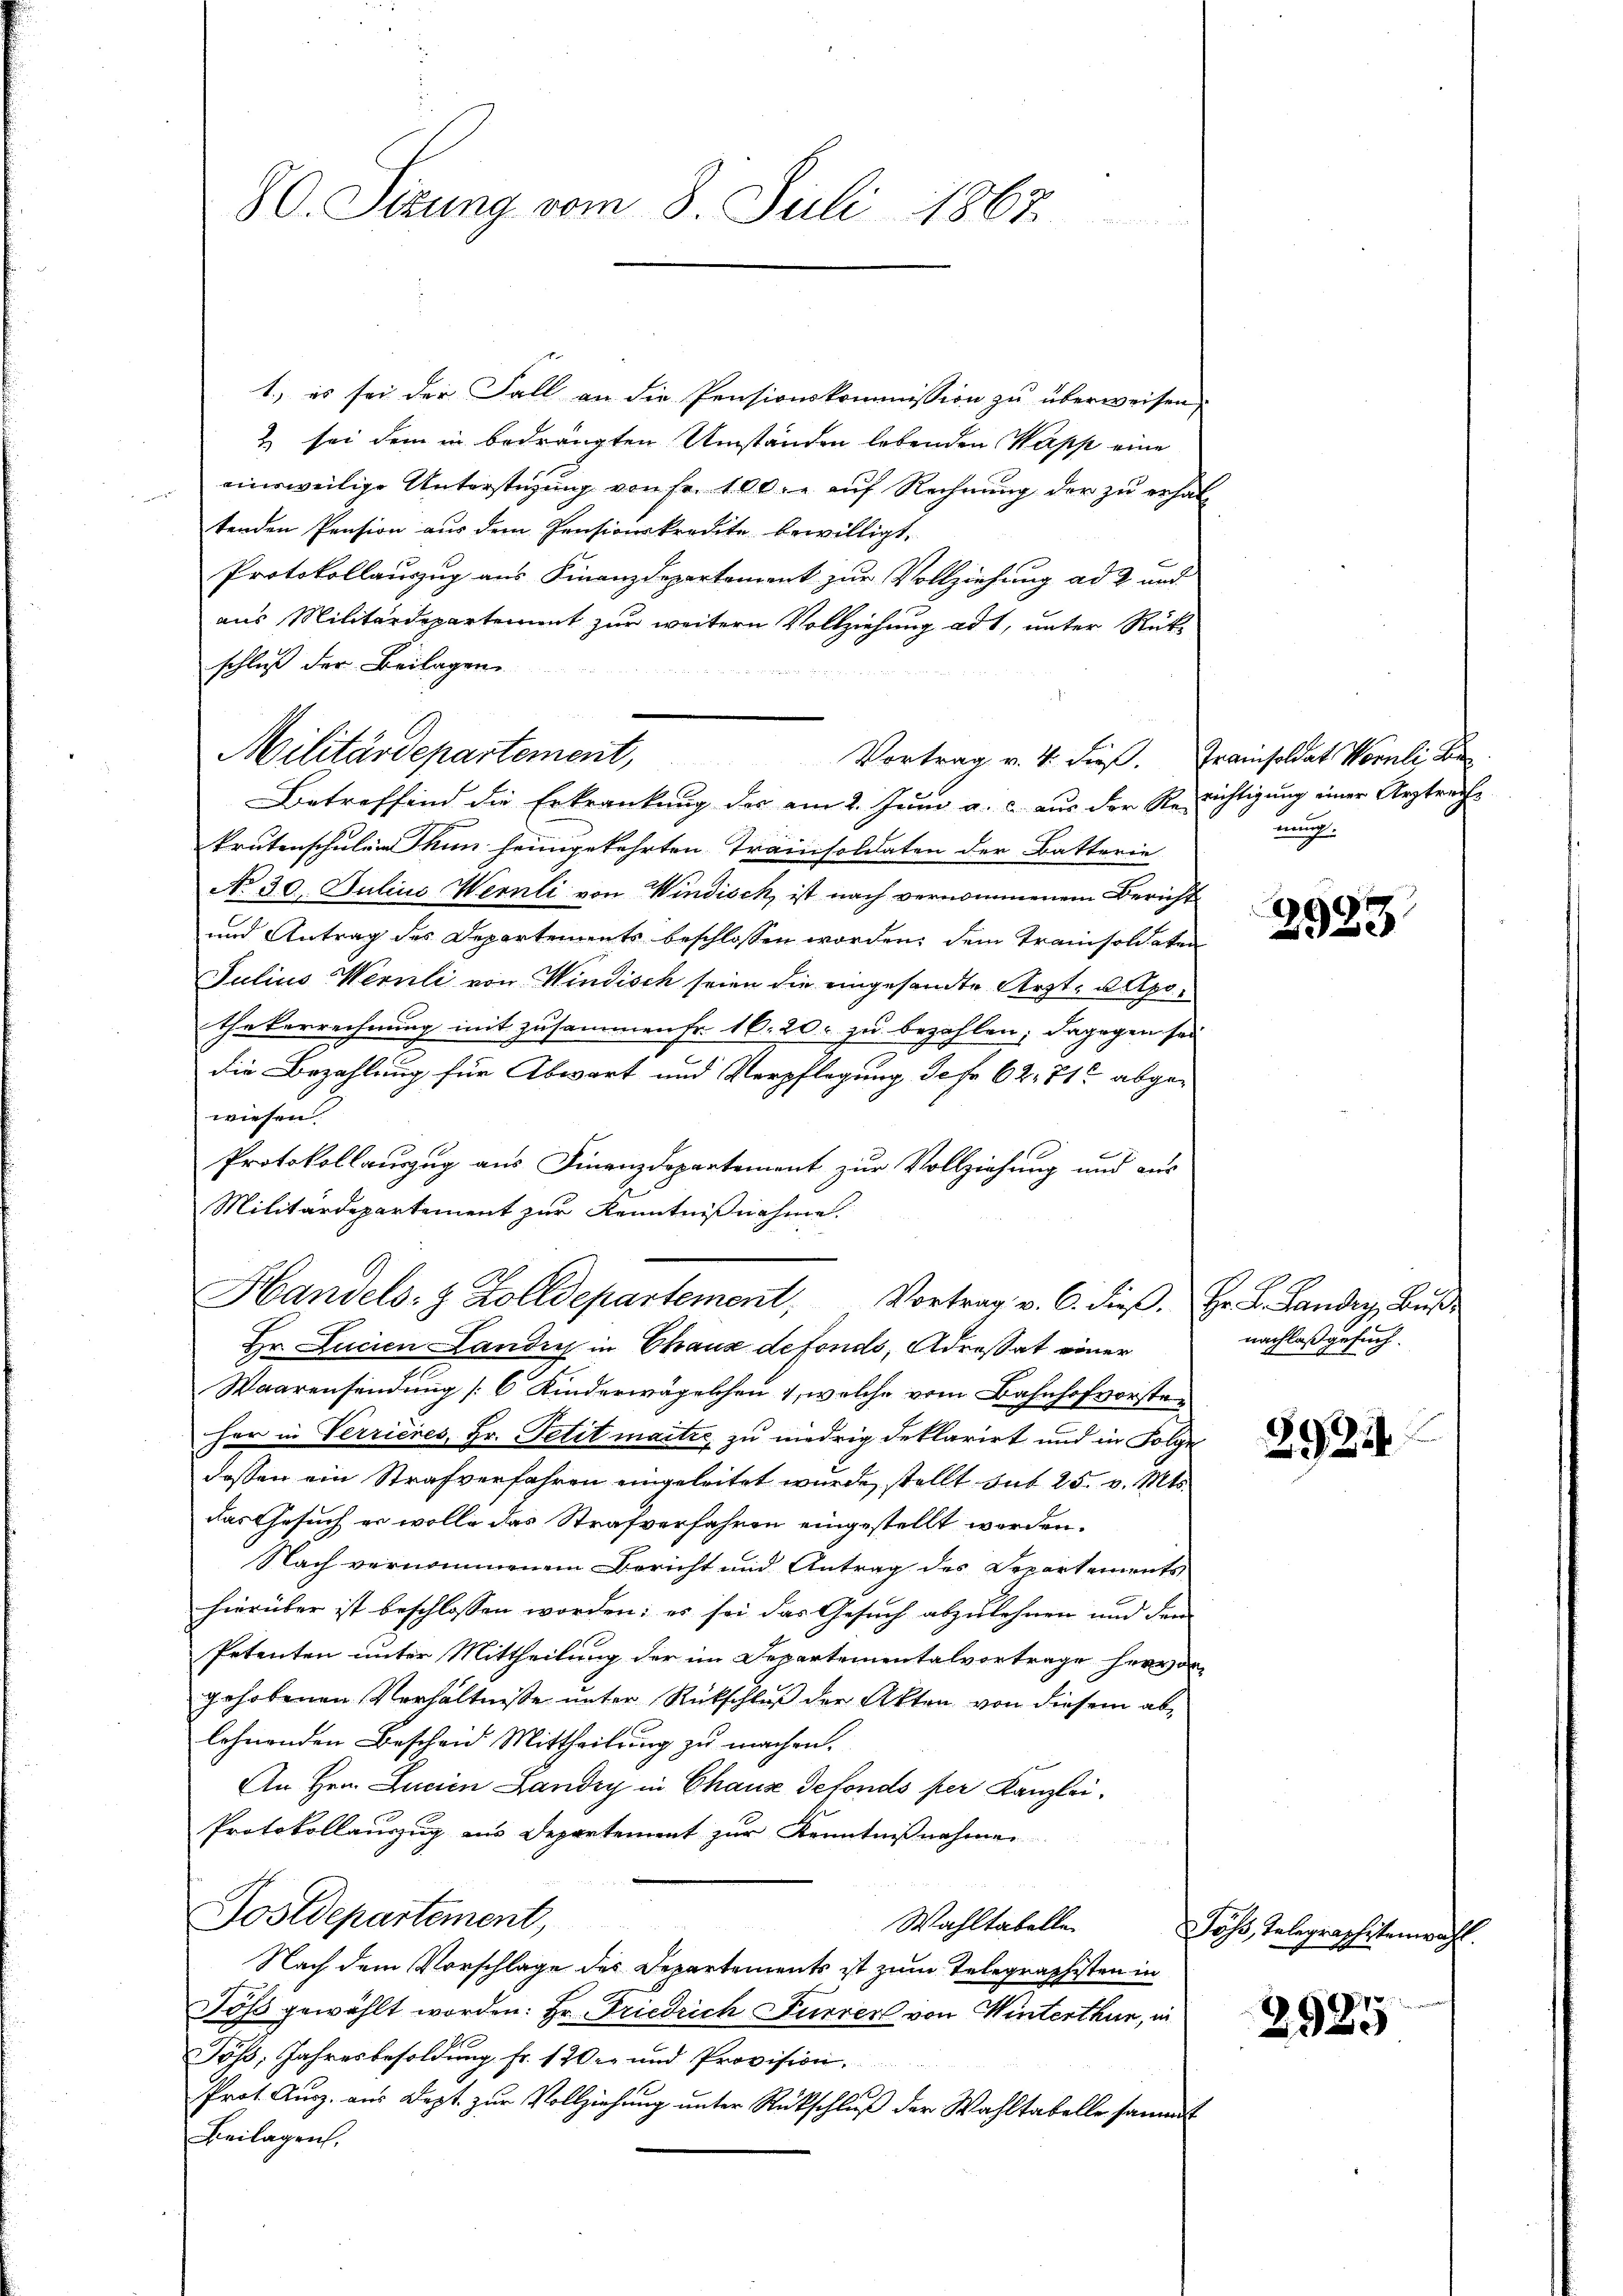
80. Sizung vom 8. Juli 1867

1.) es sei der Fall an die Pensionskommission zu überweisen,
& sei dem in bedrängten Umständen lebenden Wapp eine
einsweilige Unterstüzung von Fr. 100. r. auf Rechnung der zu erhaltenden Pension aus dem Pensionskredite bewilligt,
Protokollauszug aus Finanzdepartement zur Vollziehung ad 2 und
aus Militärdepartement zur weitern Vollziehung ad 1, unter Rükschluß der Beilagen.
Betreffend die Erkrankung des am 2. Juni a. c. aus der Reichtigung einer Arztreche
krutenschulen nun heimgekehrten Trainsoldaten der Batterie
No 30. Julius Wernli von Windisch, ist nach vernommenem Bericht
und Antrag des Departements beschlossen worden, dem Tramisoldaten
Julius Wernli von Windisch seien die eingesandte Arzt- u Apothekerrechnung mit zusammen Fr. 16. 20. zu bezahlen; dagegen sei
die Bezahlung für Abwart und Verpflegung Jefo 62. 71 abgewiesen.
Protokollauszug aus Finanzdepartement zur Vollziehung und aus
Militärdepartement zur Kenntnißnahme.
Handels- & Zolldepartement Vortrag v. C. dieβ. Hr. L. Sandry Bŭβ
Hr. Lucien Landin in Chaus defondo, Adrestat einer
Waarensendung [6 Kinderwägelchen 1, welche vom Bahnhofvorsteher in Verrieres, Hr. Petit maitre, zu niedrig deklarirt und in Folge
dassen ein Strafverfahren eingeleitet wurde, stellt sub 25. v. Mts.
das Gesuch er wolle das Strafverfahren eingestellt werden.
Nach vernommenem Bericht und Antrag des Departements
hierüber ist beschlossen worden; es sei das Gesuch abzulehnen und den
Petenten unter Mittheilung der im Departementalvertrage hervor
gehobenen Verhältniße unter Rückschluß der Akten von diesem ablohnenden Bescheid Mittheilung zu machen.
An Hrn. Lucian Landry in Chaus defonds per Kanzlei¬
Protokollauszug in Departement zur Kenntnißnahmen
Sostdepartement,
Wahltabelle
Nach dem Vorschlage des Departements ist zum Telegraphsten in
Töß gewählt worden: Hr. Friedrich Furrer von Winterthur, in
Töß; Jahresbesoldung Fr. 120 und Provision.
Prot. Aug. aus Sept. zur Vollziehung unter Rückschluß der Wahltabelle sammt
Beilagen,

Militärdepartement, Vortrag v. 4. dieβ. Trainsoldat Wornli Be

üerung

e
2923

nachlaß gesuch.

2925

Föhs, Telegraphitema

870.
2920